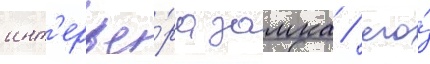
инт'ерье́ра замка / его́